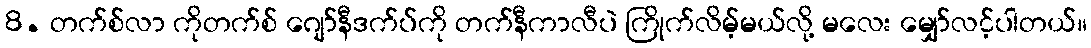
8. တက်စ်လာ ကိုတက်စ် ဂျော်နီဒက်ပ်ကို တက်နီကာလီပဲ ကြိုက်လိမ့်မယ်လို့ မလေး မျှော်လင့်ပါတယ်။